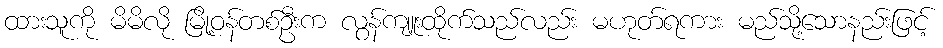
ထားသူကို မိမိလို မြို့ဝန်တစ်ဦးက လွန်ကျူးထိုက်သည်လည်း မဟုတ်ရကား မည်သို့သောနည်းဖြင့်